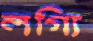
লগ্যি